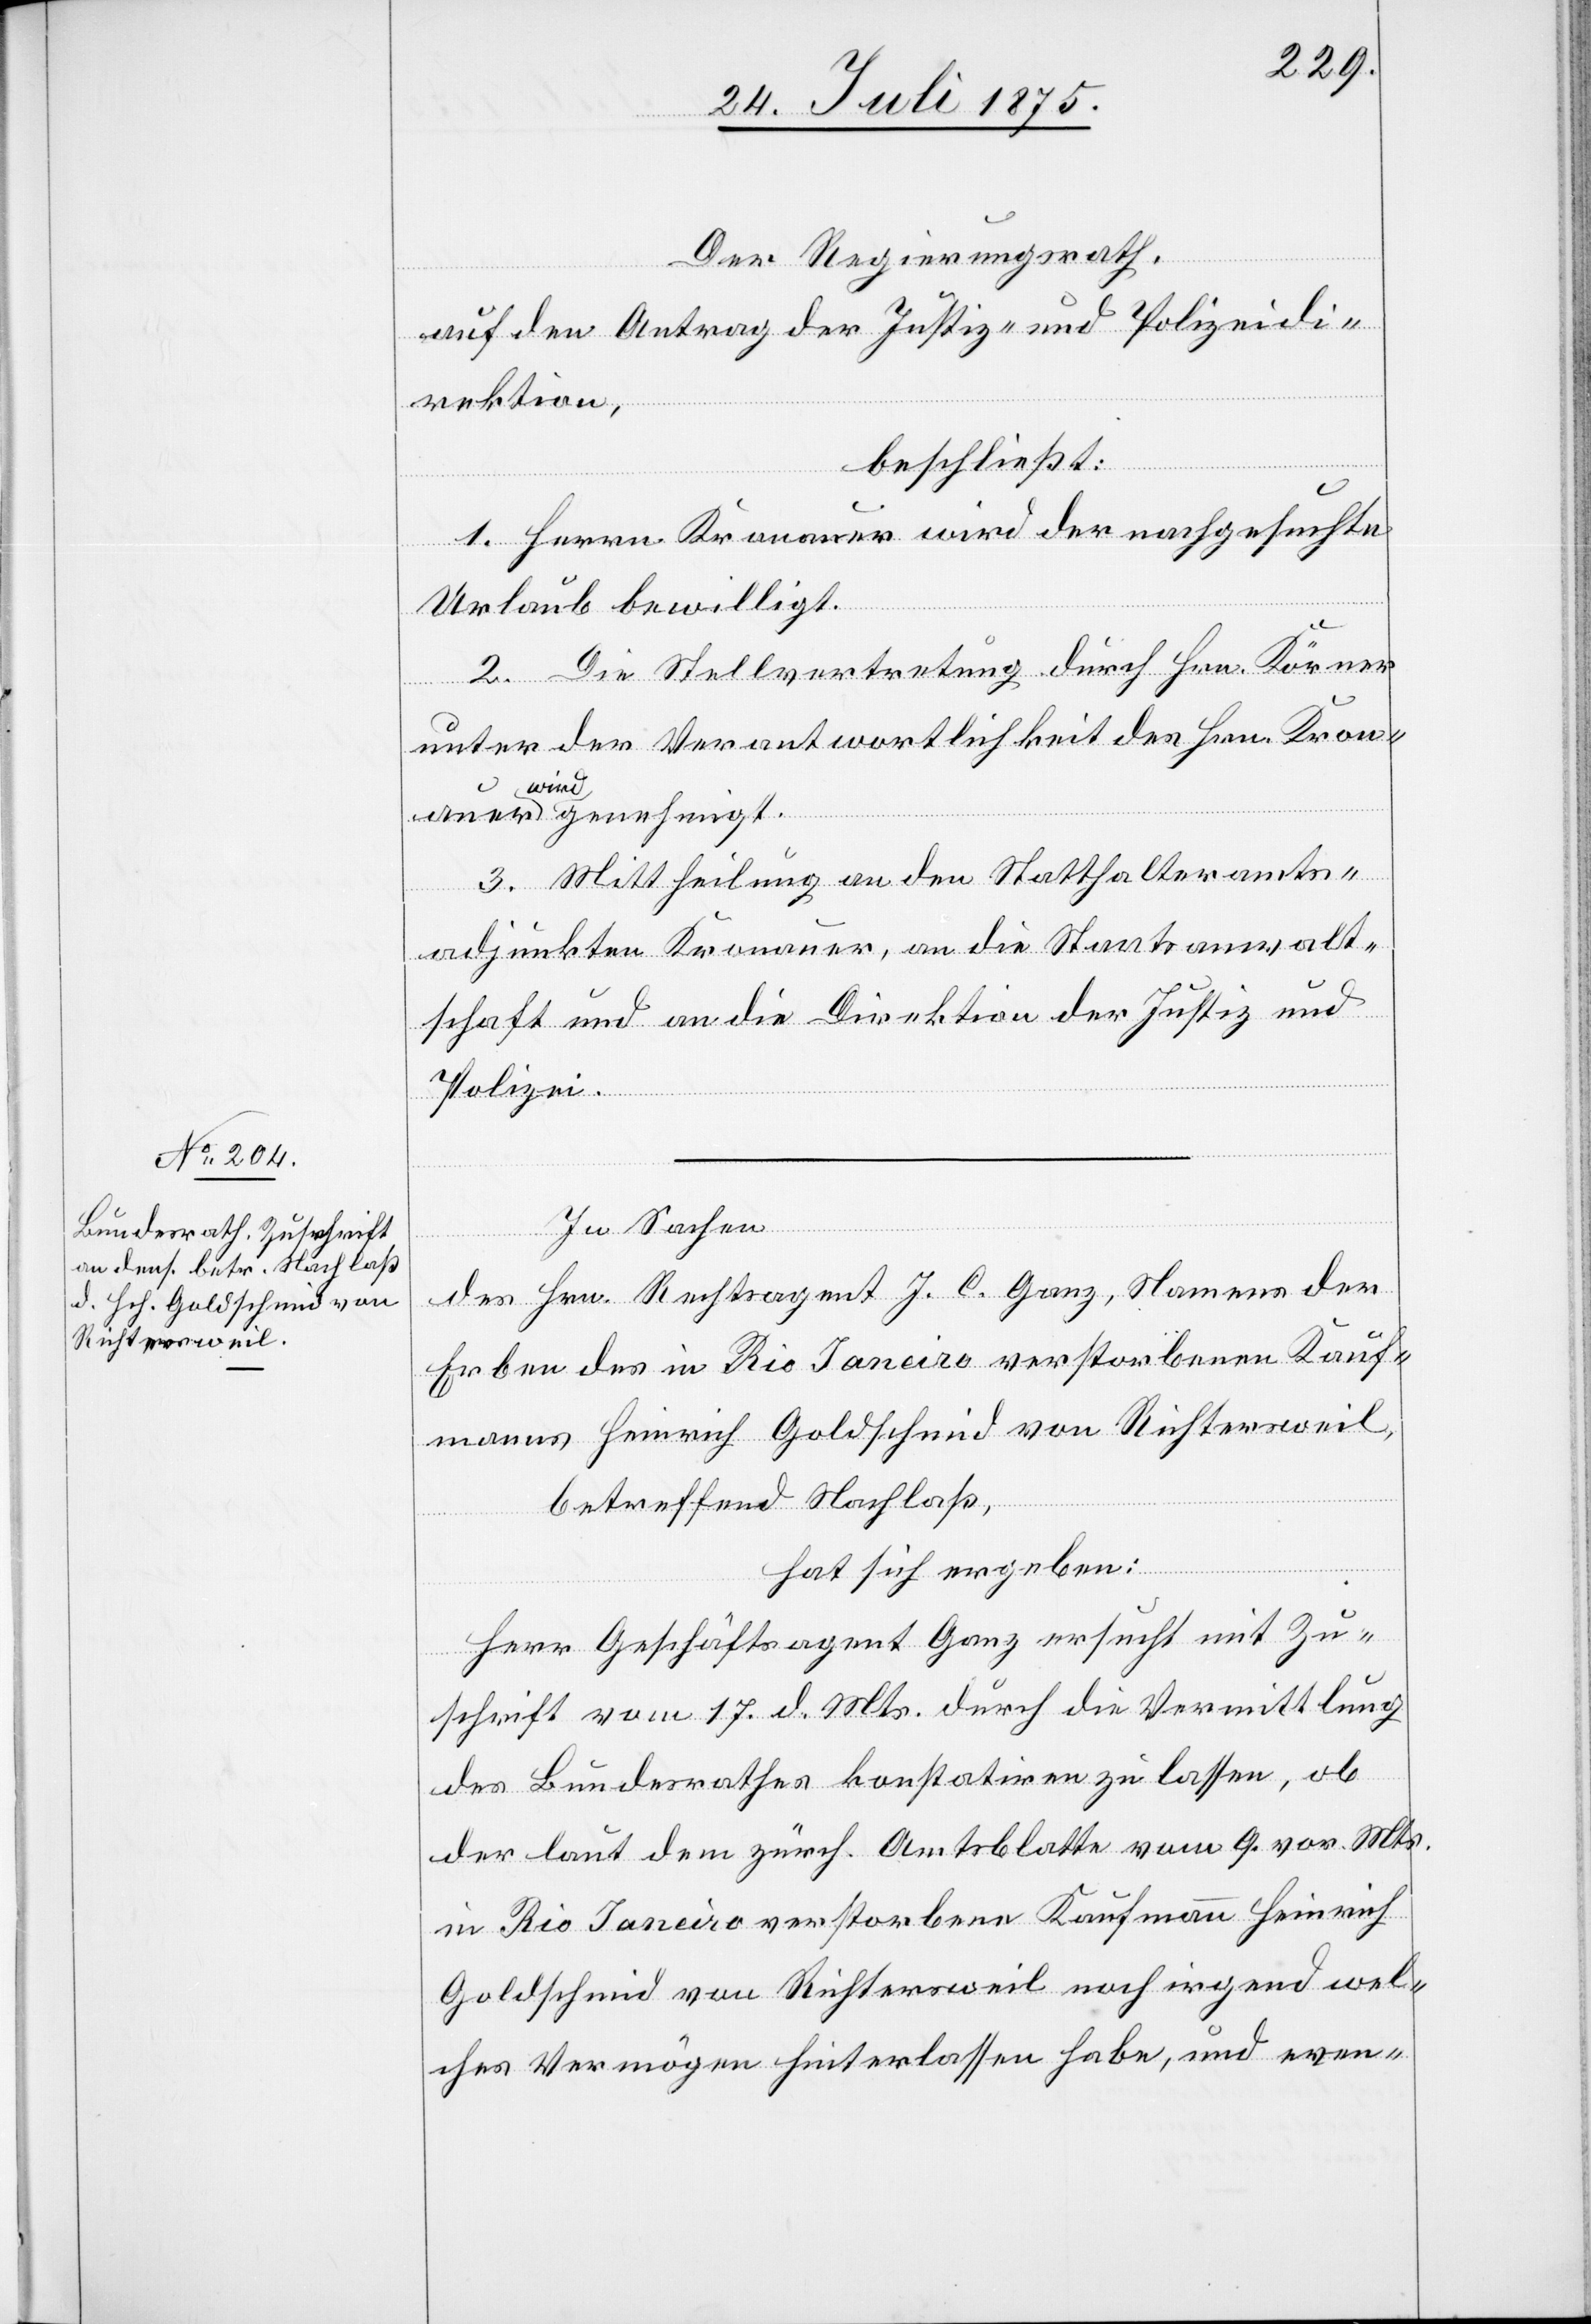
Der Regierungsrath,
auf den Antrag der Justiz- und Polizeidi¬
rektion,
beschließt:
1. Herrn Kronauer wird der nachgesuchte
Urlaub bewilligt.
2. Die Stellvertretung durch Hrn. Körner
auer
unter der Verantwortlichkeit des Hrn. Kron¬
wird genehmigt.
3. Mittheilung an den Statthalteramts¬
adjunkten Kronauer, an die Staatsanwalt¬
schaft und an die Direktion der Justiz und
Polizei.
In Sachen
des Hrn. Rechtsagent J. C. Ganz, Namens der
Erben des in Rio Janeiro verstorbenen Kauf¬
mannes Heinrich Goldschmid von Richtersweil,
betreffend Nachlaß,
hat sich ergeben:
Herr Geschäftsagent Ganz ersucht mit Zu¬
schrift vom 17. d. Mts. durch die Vermittlung
des Bundesrathes konstatiren zu lassen, ob
der laut dem zürch. Amtsblatte vom 9. vor. Mts.
in Rio Janeiro verstorbene Kaufmann Heinrich
Goldschmid von Richtersweil noch irgend wel¬
ches Vermögen hinterlassen habe, und even-